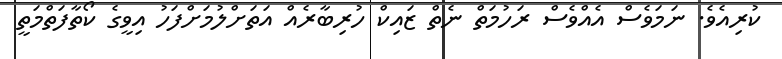
ކުރިއެވެ. ނަމަވެސް އެެއްވެސް ރަހުމަތް ނެތް ޒައިކް ހުރިބާރެއް އަތަށްލުމަށްފަހު އިވީގެ ކޯތާފަތްމަތީ